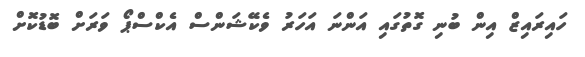
ހައިރައިޒް އިން ބުނި ގޮތުގައި އަންނަ އަހަރު ވެކޭޝަންސް އެކްސްޕޯ ވަރަށް ބޮޑުކޮށް